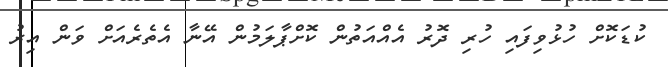
ކުޑަކޮށް ހުޅުވިފައި ހުރި ދޮރު އެއްއަތުން ކޮށްޕާލަމުން އޭނާ އެތެރެއަށް ވަން އިރު